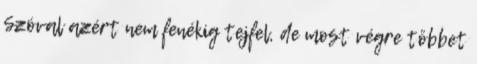
Szóval azért nem fenékig tejfel, de most végre többet